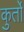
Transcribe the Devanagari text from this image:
कुर्तों